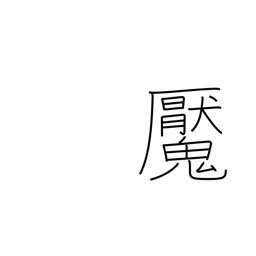
Meaning: have a nightmare